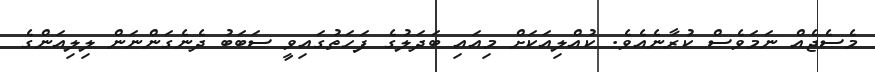
މެސެޖެއް ނަމަވެސް ކުރާނެއެވެ. ކުއްލިއަކަށް މިއައި ބަދަލުގެ ފަހަތުގައިވީ ސަބަބު ދެނެގަންނަން ލިލިއަންގެ